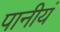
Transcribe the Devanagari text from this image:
पानीयं